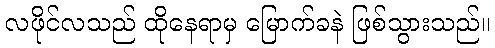
လဖိုင်လသည် ထိုနေရာမှ မြောက်ခနဲ ဖြစ်သွားသည်။